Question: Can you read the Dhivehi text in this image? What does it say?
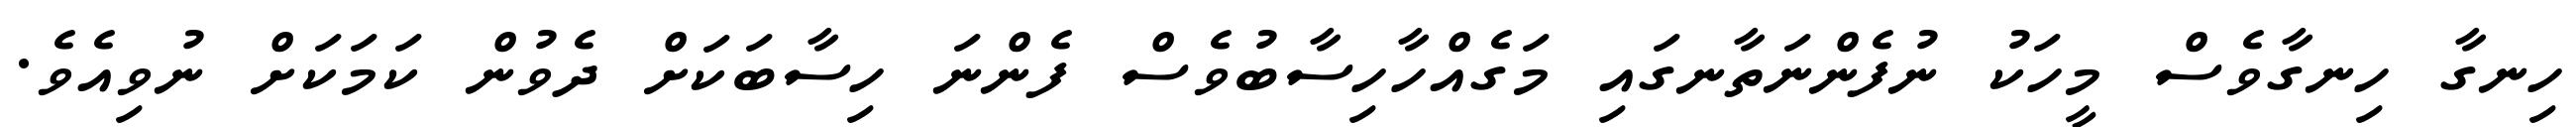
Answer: ހިނގާ ހިނގާވެސް މީހަކު ނުފެންނަތާނގައި މަގެއްހާހިސާބުވެސް ފެންނަ ހިސާބަކަށް ދެވުން ކަމަކަށް ނުވިއެވެ.